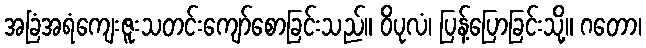
အခြံအရံကျေးဇူးသတင်းကျော်စောခြင်းသည်။ ဝိပုလံ၊ ပြန့်ပြောခြင်းသို့။ ဂတော၊